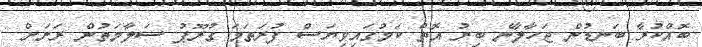
ބޮއްކުރާ ބަނޑުން ޖަހާލާނެ ބިރު އޮތް ކަމުގައިވިޔަސް ފުރަތަމަ ގުރޫޕު ސަލާމަތުން ރަށަށް